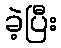
ခဲ့ပြီး